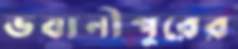
ভবানীপুরের